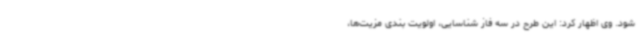
شود. وی اظهار کرد: این طرح در سه فاز شناسایی، اولویت بندی مزیت‌ها،